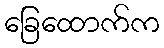
ခြေထောက်က